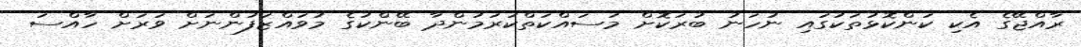
ރާއްޖޭގެ އެކި ކަންކޮޅުތަކުގައި ނުހަނު ބުރަކޮށް މަސައްކަތްކުރަމުންދާ ބޭންކުގެ މުވައްޒަފުންނަށް ވަރަށް ހާއްސަ